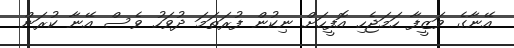
އޭނާގެ ވަޒީފާ ހަމަޖެހި އޮފީހަށް ނިކުން ފުރަތަމަ ދުވަހު ވެސް އޭނާ ކުރަން